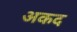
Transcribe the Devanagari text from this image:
अकद